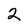
Character: 2